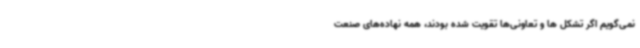
نمی‌گویم اگر تشکل ها و تعاونی‌ها تقویت شده بودند، همه نهاده‌های صنعت